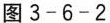
图3-6-2